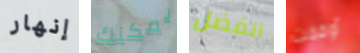
إنهار يمكنك الفضل أوقفت